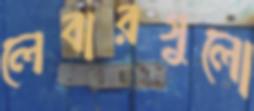
লেবারগুলো